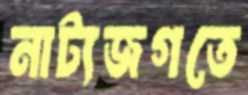
নাট্যজগতে